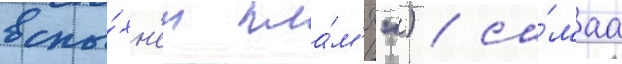
вспы́хн'ет пла́м'я") / са́маа